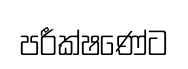
පරීක්ෂණේට